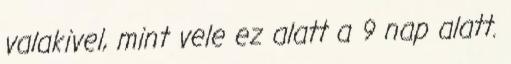
valakivel, mint vele ez alatt a 9 nap alatt.